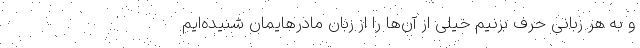
و به هر زبانی حرف بزنیم خیلی از آن‌ها را از زبان مادرهایمان شنیده‌ایم